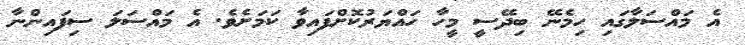
އެ މައްސަލާގައި ހިމެނޭ ބިދޭސީ މީހާ ހައްޔަރުކޮށްފައިވާ ކަމަށެވެ. އެ މައްސަލަ ސިފައިންނާ